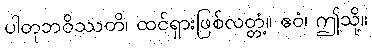
ပါတုဘဝိဿတိ၊ ထင်ရှားဖြစ်လတ္တံ့။ ဧဝံ၊ ဤသို့။